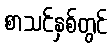
စာသင်နှစ်တွင်